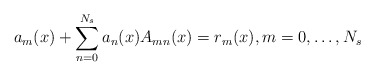
\begin{align*}a_{m}(x)+\sum_{n=0}^{N_{s}}a_{n}(x)A_{mn}(x)=r_{m}(x),m=0,\ldots,N_{s}\end{align*}